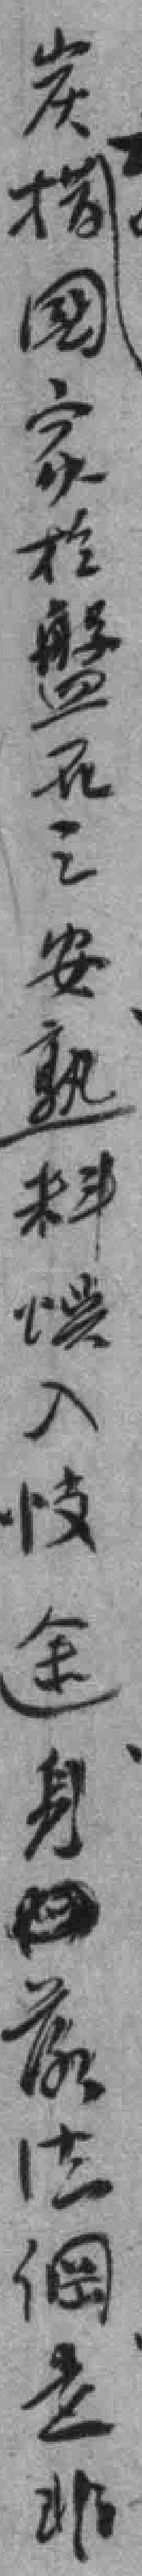
炭*國家於盤石之安熟料误入忮途身*法綱是非